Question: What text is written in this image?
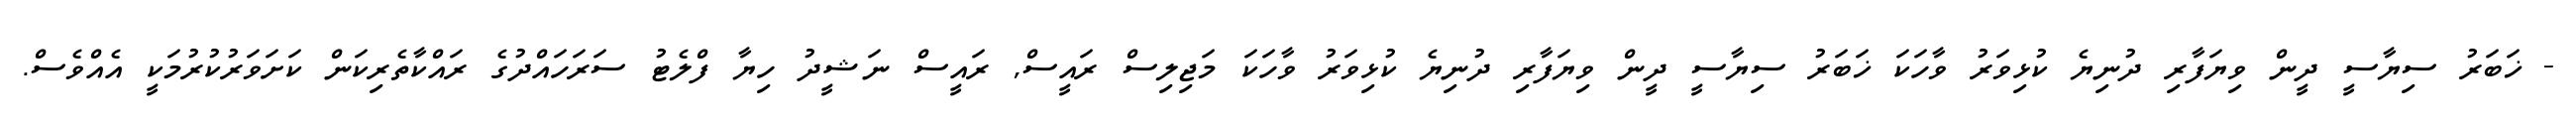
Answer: - ޚަބަރު ސިޔާސީ ދީން ވިޔަފާރި ދުނިޔެ ކުޅިވަރު ވާހަކަ ޚަބަރު ސިޔާސީ ދީން ވިޔަފާރި ދުނިޔެ ކުޅިވަރު ވާހަކަ މަޖިލިސް ރައީސް, ރައީސް ނަޝީދު ހިޔާ ފްލެޓު ސަރަހައްދުގެ ރައްކާތެރިކަން ކަށަވަރުކުރުމަކީ އެއްވެސް.